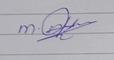
Signature authenticity: genuine